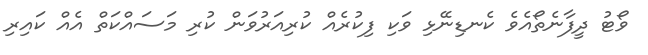
ވޯޓު ދީފާނެތޯއެވެ ކެނޑިނޭޅި ވަކި ފިކުރެއް ކުރިއަރުވަން ކުރި މަސައްކަތް އެއް ކައިރި